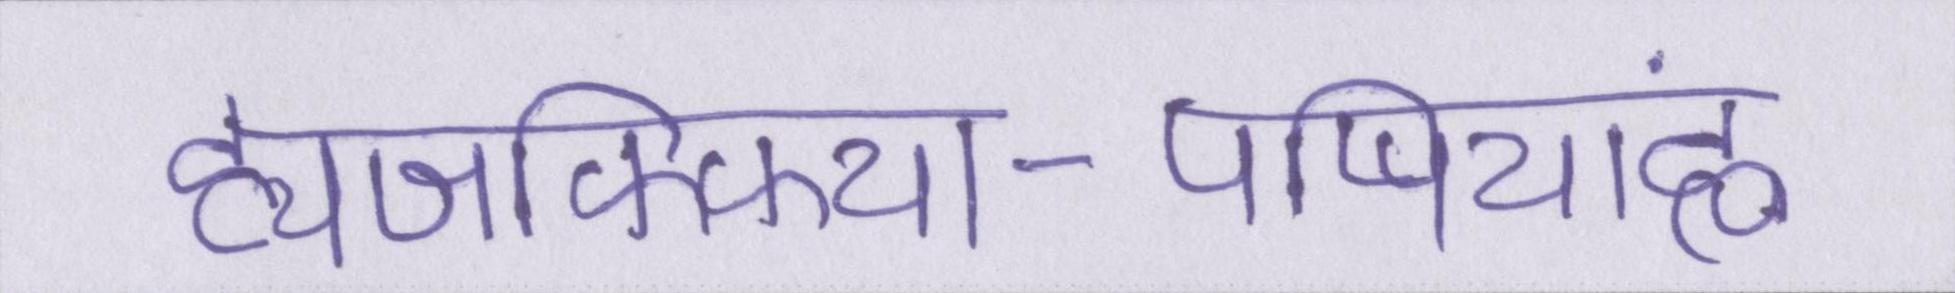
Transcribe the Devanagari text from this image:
ह्यजफ्फिया-पप्पियांह्ण